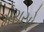
મરાયો